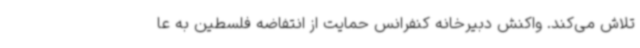
تلاش می‌کند. واکنش دبیرخانه کنفرانس حمایت از انتفاضه فلسطین به عا